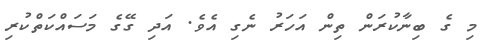
މި ގެ ބިނާކުރަން ތިން އަހަރު ނެގި އެވެ. އަދި ގޭގެ މަސައްކަތްކުރި